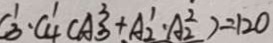
C _ { 3 } ^ { 1 } \cdot C _ { 4 } ^ { 1 } C A _ { 3 } ^ { 3 } + A _ { 2 } ^ { 1 } \cdot A _ { 2 } ^ { 2 } = 1 2 0